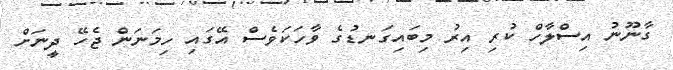
ގާނޫނު އިސްލާހް ކުރި އިރު މިބައިގަނޑުގެ ވާހަކަވެސް އޭގައި ހިމަނަން ޖެހޭ ދީނަށް